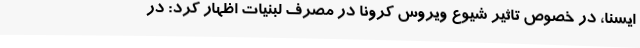
ایسنا، در خصوص تاثیر شیوع ویروس کرونا در مصرف لبنیات اظهار کرد: در